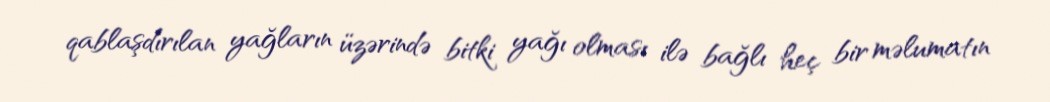
qablaşdırılan yağların üzərində bitki yağı olması ilə bağlı heç bir məlumatın